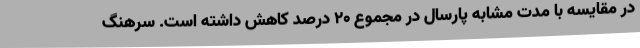
در مقایسه با مدت مشابه پارسال در مجموع 20 درصد کاهش داشته است. سرهنگ